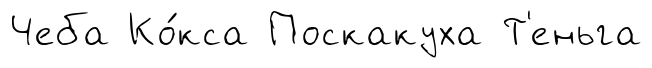
Чеба Ко́кса Поскакуха Т'еньга